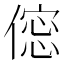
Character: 𠍌